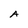
Character: A